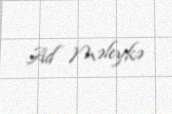
Ad Məleykə